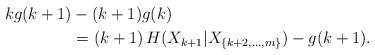
LaTeX: \begin{align*}kg(k+1) & - (k+1)g(k) \\&= (k+1) \, H(X_{k+1}|X_{\{k+2,\ldots,m\}}) - g(k+1).\end{align*}